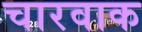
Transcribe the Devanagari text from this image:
चारवाक